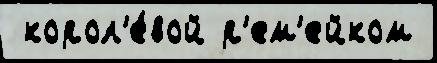
 корол'е́вой р'ем'ейком